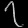
Digit: ၇